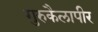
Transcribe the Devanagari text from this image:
गुरुकैलापीर